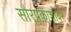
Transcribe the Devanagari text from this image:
सौरप्रकाशावर